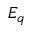
E _ { q }